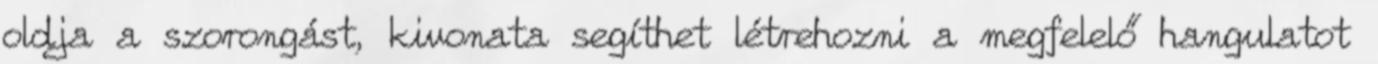
oldja a szorongást, kivonata segíthet létrehozni a megfelelő hangulatot